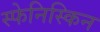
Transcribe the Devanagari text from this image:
स्फेनिस्किन